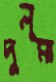
দুলুমা